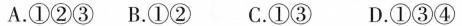
A.①②③B.①②C.①③D.①③④